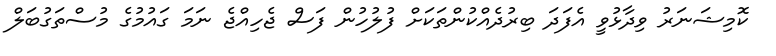
ކޮމިޝަނަރު ވިދާޅުވީ އެފަދަ ބިރުދެއްކުންތަކަށް ފުލުހުން ފަސް ޖެހިއްޖެ ނަމަ ގައުމުގެ މުސްތަގުބަލް